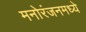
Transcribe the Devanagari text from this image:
मनोरंजनमध्ये